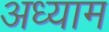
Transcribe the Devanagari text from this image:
अध्याम